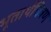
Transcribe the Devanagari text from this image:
भूतार्थचित्रण